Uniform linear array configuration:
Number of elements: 16
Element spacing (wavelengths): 0.5
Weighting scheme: cosine
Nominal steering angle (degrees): -60
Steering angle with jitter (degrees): -61.701
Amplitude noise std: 0.05
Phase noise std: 0.05

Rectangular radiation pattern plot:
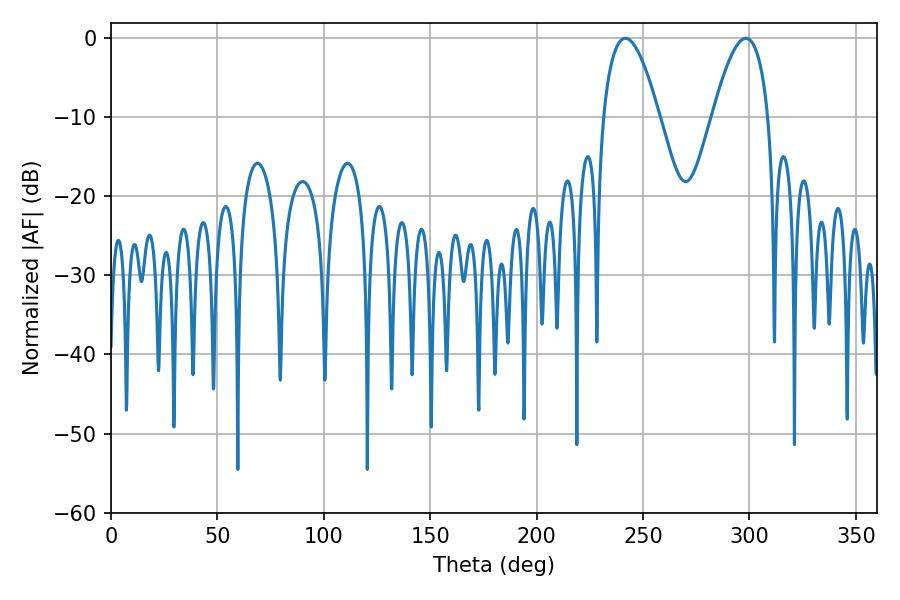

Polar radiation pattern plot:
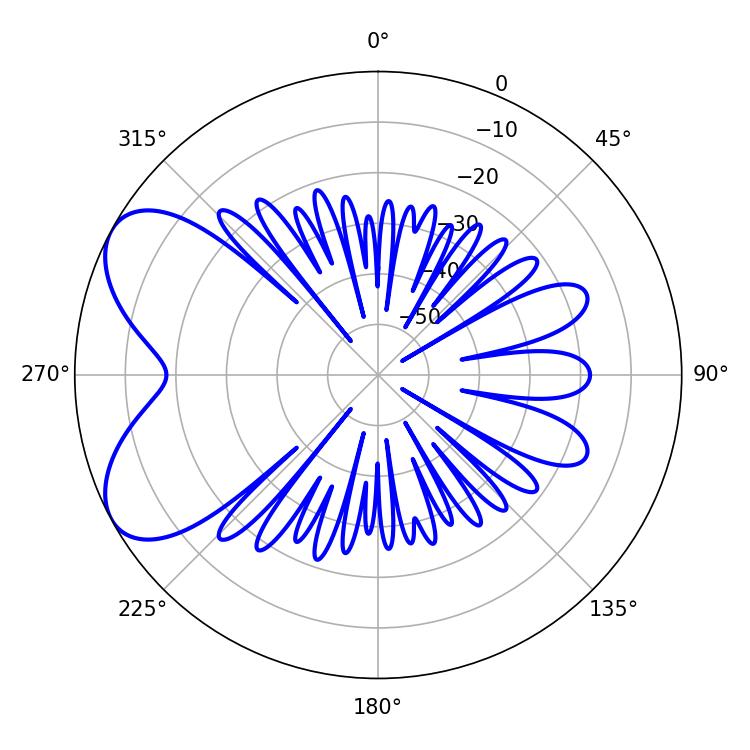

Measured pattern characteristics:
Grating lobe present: FALSE
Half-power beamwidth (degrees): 14.4
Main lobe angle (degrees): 241.74